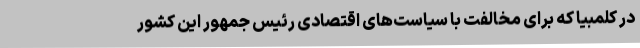
در کلمبیا که برای مخالفت با سیاست‌های اقتصادی رئیس جمهور این کشور